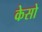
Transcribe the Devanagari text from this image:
केसो